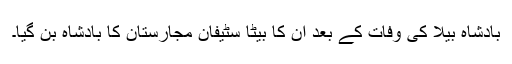
بادشاہ بیلا کی وفات کے بعد ان کا بیٹا سٹیفان مجارستان کا بادشاہ بن گیا۔